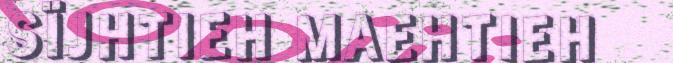
SÏJHTIEH MAEHTIEH